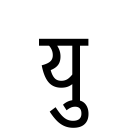
OCR:
यु